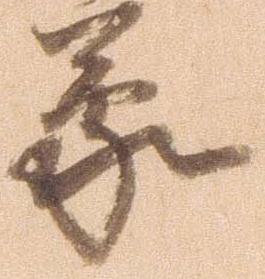
蒙